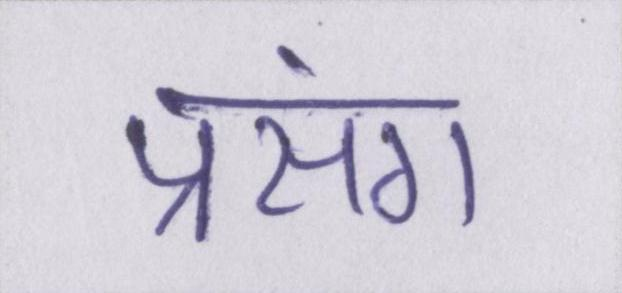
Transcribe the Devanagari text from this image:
प्रसंग